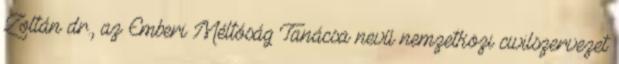
Zoltán dr., az Emberi Méltóság Tanácsa nevű nemzetközi civilszervezet